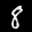
Label: 8